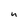
Character: u